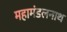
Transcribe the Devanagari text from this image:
महामंडलनाथ